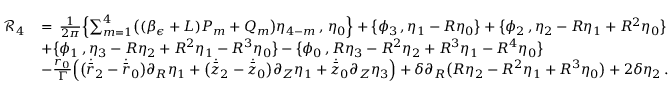
\begin{array} { r l } { \mathcal { R } _ { 4 } \, } & { = \, \frac { 1 } { 2 \pi } \Bigl \{ \sum _ { m = 1 } ^ { 4 } \bigl ( ( \beta _ { \epsilon } + L ) P _ { m } + Q _ { m } \bigr ) \eta _ { 4 - m } \, , \, \eta _ { 0 } \Bigr \} + \bigl \{ \phi _ { 3 } \, , \eta _ { 1 } - R \eta _ { 0 } \bigr \} + \bigl \{ \phi _ { 2 } \, , \eta _ { 2 } - R \eta _ { 1 } + R ^ { 2 } \eta _ { 0 } \bigr \} } \\ & { + \bigl \{ \phi _ { 1 } \, , \eta _ { 3 } - R \eta _ { 2 } + R ^ { 2 } \eta _ { 1 } - R ^ { 3 } \eta _ { 0 } \bigr \} - \bigl \{ \phi _ { 0 } \, , R \eta _ { 3 } - R ^ { 2 } \eta _ { 2 } + R ^ { 3 } \eta _ { 1 } - R ^ { 4 } \eta _ { 0 } \bigr \} } \\ & { - \frac { r _ { 0 } } { \Gamma } \Bigr ( \bigl ( \dot { \bar { r } } _ { 2 } - \dot { \bar { r } } _ { 0 } \bigr ) \partial _ { R } \eta _ { 1 } + \bigl ( \dot { \bar { z } } _ { 2 } - \dot { \bar { z } } _ { 0 } \bigr ) \partial _ { Z } \eta _ { 1 } + \dot { \bar { z } } _ { 0 } \partial _ { Z } \eta _ { 3 } \Bigr ) + \delta \partial _ { R } \bigl ( R \eta _ { 2 } - R ^ { 2 } \eta _ { 1 } + R ^ { 3 } \eta _ { 0 } \bigr ) + 2 \delta \eta _ { 2 } \, . } \end{array}